Lunatic asylums Bombay report 1891-1903 - 1891-1903
Year: 1891
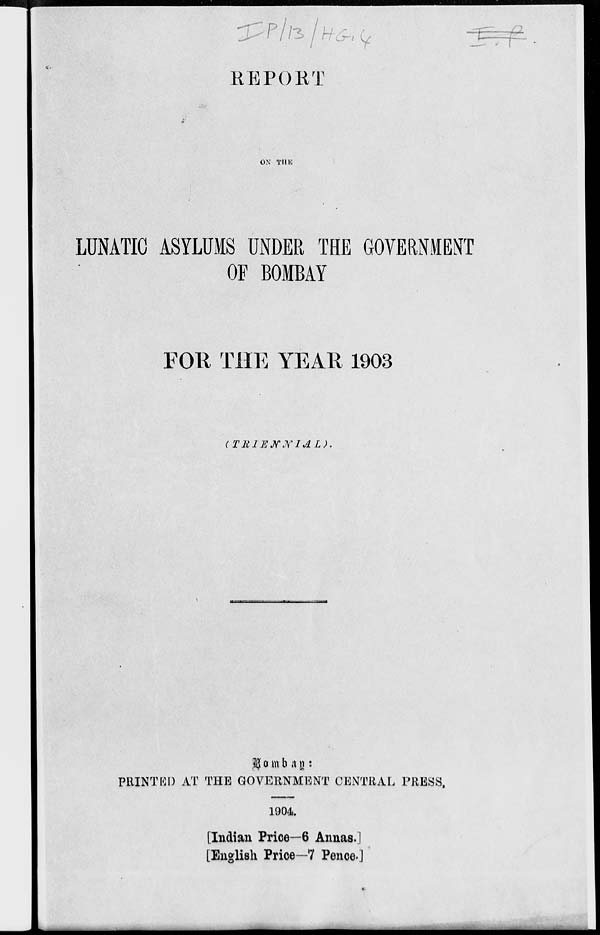
REPORT
ON THE
LUNATIC ASYLUMS UNDER THE GOVERNMENT
OF BOMBAY
FOR THE YEAR 1903
(TRIENNIAL).
Bombay:
PRINTED AT THE GOVERNMENT CENTRAL PRESS.
1904.
[Indian Price—6 Annas.]
[English Price—7 Pence.]